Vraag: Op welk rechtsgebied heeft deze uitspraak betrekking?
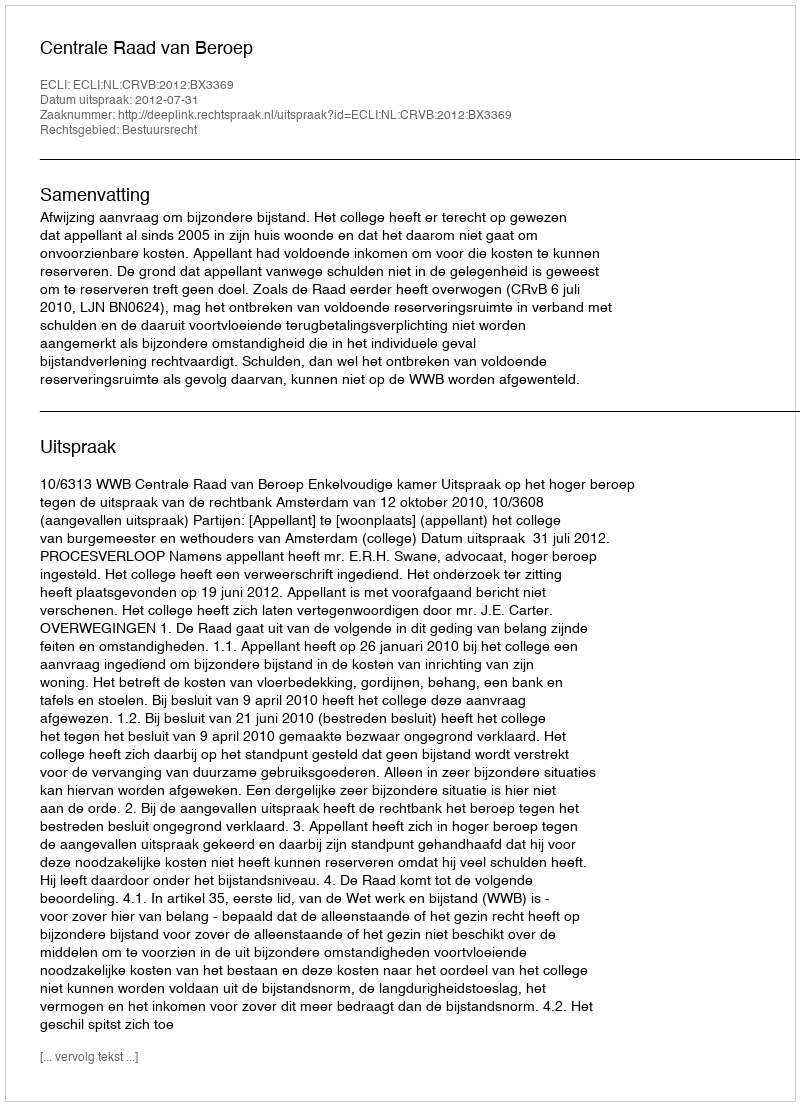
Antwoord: Bestuursrecht